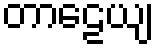
တာဠေယျ